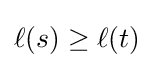
\ell (s)\geq \ell (t)